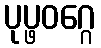
ပုပ္ဖဝဂ္ဂေ